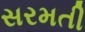
સરમતી